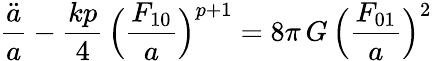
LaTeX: \frac{\ddot{a}}{a}-\frac{kp}{4}\, \Bigl(\frac{F_{10}}{a}\Bigr)^{p+1}=8\pi\, G\, \Bigl(\frac{F_{01}}{a}\Bigr)^{2}